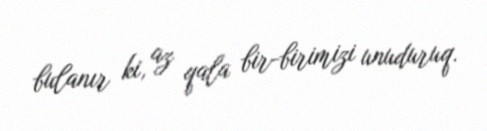
bulanır ki, az qala bir-birimizi unuduruq.